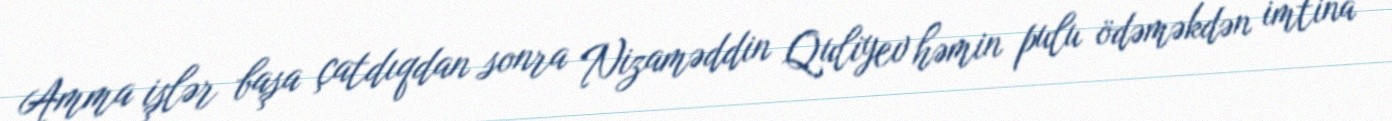
Amma işlər başa çatdıqdan sonra Nizaməddin Quliyev həmin pulu ödəməkdən imtina